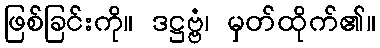
ဖြစ်ခြင်းကို။ ဒဋ္ဌဗ္ဗံ၊ မှတ်ထိုက်၏။